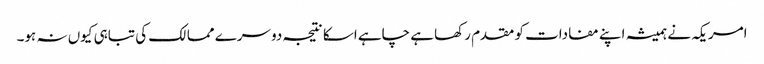
امریکہ نے ہمیشہ اپنے مفادات کو مقدم رکھا ہے چاہے اسکا نتیجہ دوسرے ممالک کی تباہی کیوں نہ ہو۔